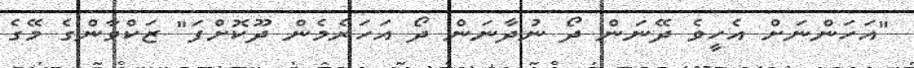
"އަހަންނަށް އެހީވެ ދޭނަން ދޯ ނުދާނަން ދޯ އަހަރެމެން ދޫކޮށްފަ" ޒަކްވާންގެ މޭގެ